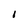
Character: 1